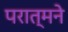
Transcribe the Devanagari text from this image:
परात्मने